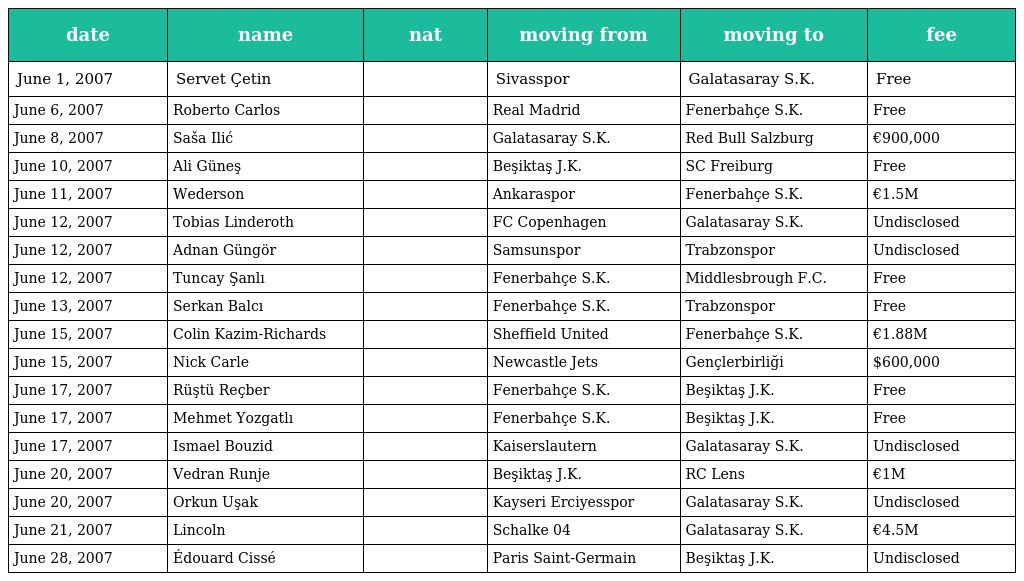
| date | name | nat | moving from | moving to | fee |
 | --- | --- | --- | --- | --- | --- |
 | June 1, 2007 | Servet Çetin |  | Sivasspor | Galatasaray S.K. | Free |
 | June 6, 2007 | Roberto Carlos |  | Real Madrid | Fenerbahçe S.K. | Free |
 | June 8, 2007 | Saša Ilić |  | Galatasaray S.K. | Red Bull Salzburg | €900,000 |
 | June 10, 2007 | Ali Güneş |  | Beşiktaş J.K. | SC Freiburg | Free |
 | June 11, 2007 | Wederson |  | Ankaraspor | Fenerbahçe S.K. | €1.5M |
 | June 12, 2007 | Tobias Linderoth |  | FC Copenhagen | Galatasaray S.K. | Undisclosed |
 | June 12, 2007 | Adnan Güngör |  | Samsunspor | Trabzonspor | Undisclosed |
 | June 12, 2007 | Tuncay Şanlı |  | Fenerbahçe S.K. | Middlesbrough F.C. | Free |
 | June 13, 2007 | Serkan Balcı |  | Fenerbahçe S.K. | Trabzonspor | Free |
 | June 15, 2007 | Colin Kazim-Richards |  | Sheffield United | Fenerbahçe S.K. | €1.88M |
 | June 15, 2007 | Nick Carle |  | Newcastle Jets | Gençlerbirliği | $600,000 |
 | June 17, 2007 | Rüştü Reçber |  | Fenerbahçe S.K. | Beşiktaş J.K. | Free |
 | June 17, 2007 | Mehmet Yozgatlı |  | Fenerbahçe S.K. | Beşiktaş J.K. | Free |
 | June 17, 2007 | Ismael Bouzid |  | Kaiserslautern | Galatasaray S.K. | Undisclosed |
 | June 20, 2007 | Vedran Runje |  | Beşiktaş J.K. | RC Lens | €1M |
 | June 20, 2007 | Orkun Uşak |  | Kayseri Erciyesspor | Galatasaray S.K. | Undisclosed |
 | June 21, 2007 | Lincoln |  | Schalke 04 | Galatasaray S.K. | €4.5M |
 | June 28, 2007 | Édouard Cissé |  | Paris Saint-Germain | Beşiktaş J.K. | Undisclosed |